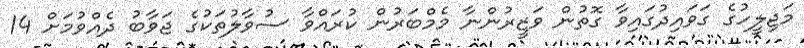
މަޖިލީހުގެ ގަވައިދުގައިވާ ގޮތުން ވަޒީރުންނާ މެމްބަރުން ކުރައްވާ ސުވާލުތަކުގެ ޖަވާބު ދެއްވުމަށް 14